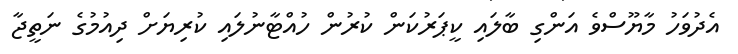
އެދުވަހު މާޔޫސްވެ އަންގި ބާލައި ކީޕަރުކަން ކުރުން ހުއްޓާނުލައި ކުރިޔަށް ދިއުމުގެ ނަތީޖާ